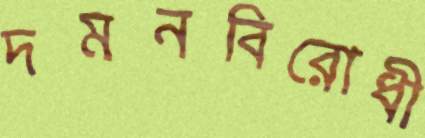
দমনবিরোধী